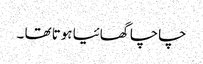
چاچا گھائیا ہوتا تھا ۔